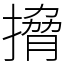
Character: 搚